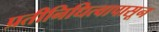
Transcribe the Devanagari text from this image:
प्रतीनिधित्वापासून